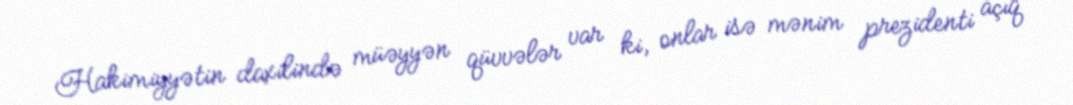
Hakimiyyətin daxilində müəyyən qüvvələr var ki, onlar isə mənim prezidenti açıq